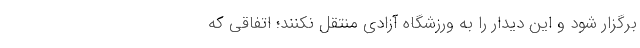
برگزار شود و این دیدار را به ورزشگاه آزادی منتقل نکنند؛ اتفاقی که